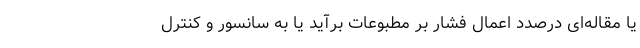
یا مقاله‌ای درصدد اعمال فشار بر مطبوعات برآید یا به سانسور و کنترل